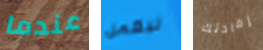
عندما ليعمل إفادتك